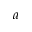
a